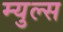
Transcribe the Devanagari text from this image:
म्युल्स